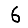
Digit: 6